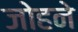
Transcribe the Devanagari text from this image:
जोहने